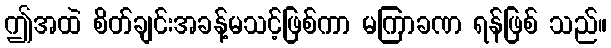
ဤအထဲ စိတ်ချင်းအခန့်မသင့်ဖြစ်ကာ မကြာခဏ ရန်ဖြစ် သည်။